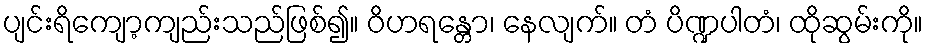
ပျင်းရိကျော့ကျည်းသည်ဖြစ်၍။ ဝိဟရန္တော၊ နေလျက်။ တံ ပိဏ္ဍပါတံ၊ ထိုဆွမ်းကို။